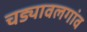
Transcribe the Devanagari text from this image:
चड्यावलगांव